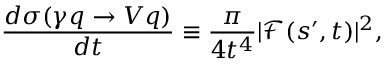
\frac { d \sigma ( \gamma q \rightarrow V q ) } { d t } \equiv \frac { \pi } { 4 t ^ { 4 } } | \mathcal { F } ( s ^ { \prime } , t ) | ^ { 2 } ,